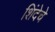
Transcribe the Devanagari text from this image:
शिंदेचे